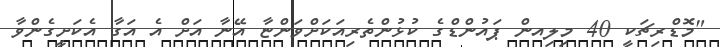
"މޮޑްރިޗަކީ 40 މިލިއން ޕައުންޑްގެ ކުޅުންތެރިއަކަށްވަންޏާ އޭނާ އަށް އެ އަގާ އެކަށީގެންވާ